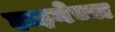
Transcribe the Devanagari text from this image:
हाइनेच्या